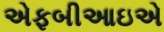
એફબીઆઇએ